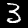
Label: 3